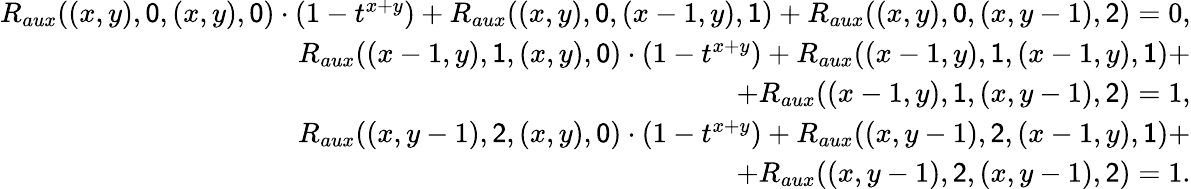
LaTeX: \begin{array}{r}{R_{aux}((x,y),\mathsf{0},(x,y),\mathsf{0})\cdot(1-t^{x+y})+R_{aux}((x,y),\mathsf{0},(x-1,y),\mathsf{1})+R_{aux}((x,y),\mathsf{0},(x,y-1),\mathsf{2})=0,}\\ {R_{aux}((x-1,y),\mathsf{1},(x,y),\mathsf{0})\cdot(1-t^{x+y})+R_{aux}((x-1,y),\mathsf{1},(x-1,y),\mathsf{1})+}\\ {+R_{aux}((x-1,y),\mathsf{1},(x,y-1),\mathsf{2})=1,}\\ {R_{aux}((x,y-1),\mathsf{2},(x,y),\mathsf{0})\cdot(1-t^{x+y})+R_{aux}((x,y-1),\mathsf{2},(x-1,y),\mathsf{1})+}\\ {+R_{aux}((x,y-1),\mathsf{2},(x,y-1),\mathsf{2})=1.}\end{array}